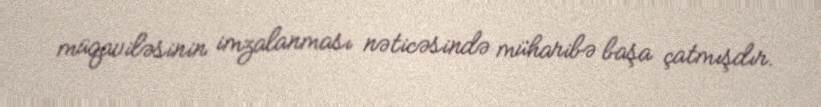
müqaviləsinin imzalanması nəticəsində müharibə başa çatmışdır.